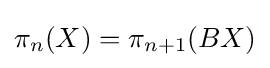
\pi _{n}(X)=\pi _{n+1}(BX)